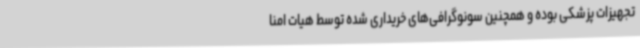
تجهیزات پزشکی بوده و همچنین سونوگرافی‌های خریداری شده توسط هیات امنا